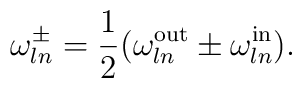
\omega ^{\pm}_{ln}=\frac{1}{2}(\omega_{ln}^{{\rm out}}\pm\omega_{ln}^{{\rm in}}).